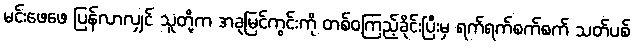
မင်းဖေဖေ ပြန်လာလျှင် သူတို့က အခုမြင်ကွင်းကို တစ်ဝကြည့်ခိုင်းပြီးမှ ရက်ရက်စက်စက် သတ်ပစ်